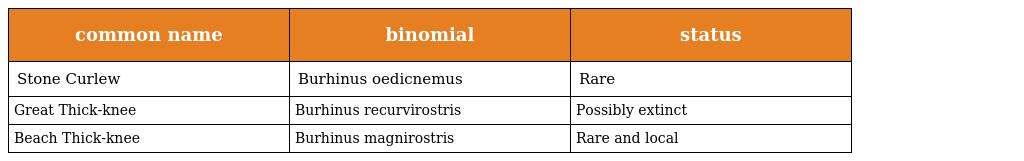
| common name | binomial | status |
 | --- | --- | --- |
 | Stone Curlew | Burhinus oedicnemus | Rare |
 | Great Thick-knee | Burhinus recurvirostris | Possibly extinct |
 | Beach Thick-knee | Burhinus magnirostris | Rare and local |